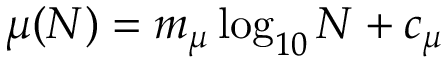
\mu ( N ) = m _ { \mu } \log _ { 1 0 } N + c _ { \mu }